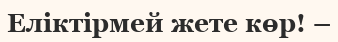
Елiктiрмей жете көр! –